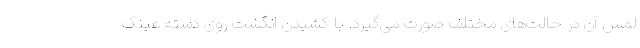
لمس آن در حالت‌های مختلف صورت می‌گیرد. با کشیدن انگشت روی دسته عینک